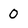
Character: 0